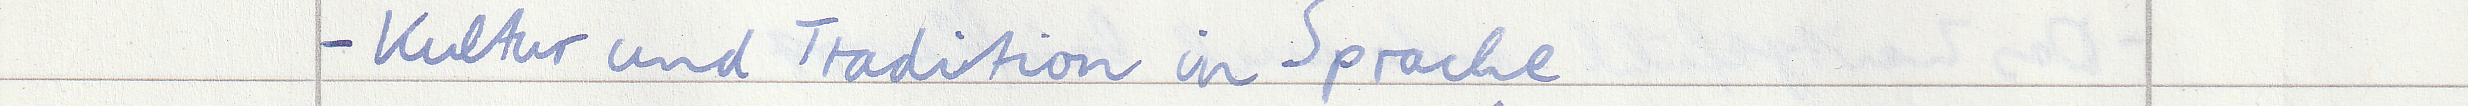
- Kultur und Tradition in Sprache